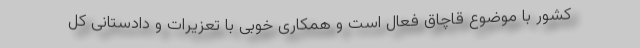
کشور با موضوع قاچاق فعال است و همکاری خوبی با تعزیرات و دادستانی کل